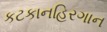
કટકાનહિરગાન